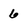
Character: 6